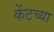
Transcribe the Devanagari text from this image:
केंटच्या